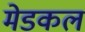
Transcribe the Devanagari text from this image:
मेडकल